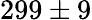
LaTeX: {299\pm 9}